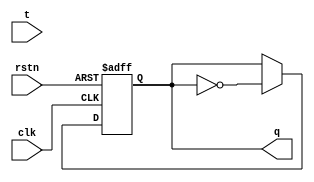
module tff (t , clk , rstn , q);
input t, clk, rstn ; 
output reg q;
always @ ( posedge clk or negedge rstn)
if (!rstn) begin
 q <= 1'b0;
end else if (d) begin
 q <= !q;
end
endmodule